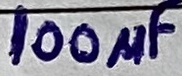
Text: 100µF